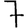
Digit: 7